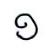
១